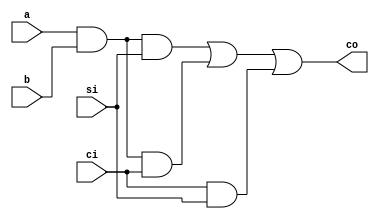
`timescale 1ns / 1ps
//////////////////////////////////////////////////////////////////////////////////
// Company: 
// Engineer: 
// 
// Design Name: 
// Module Name: carry_adder
// Project Name: 
// Target Devices: 
// Tool Versions: 
// Description: 
// 
// Dependencies: 
// 
// Revision:
// Revision 0.01 - File Created
// Additional Comments:
// 
//////////////////////////////////////////////////////////////////////////////////


module carry_adder(
    input a,
    input b,
    input ci,
    input si,
    output co
    );

    wire w;
    and a1 (w, a, b);
    assign co = (w & si) | (w & ci) | (ci & si);

endmodule